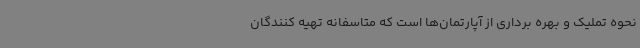
نحوه تملیک و بهره برداری از آپارتمان‌ها است که متاسفانه تهیه کنندگان